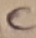
Text: C